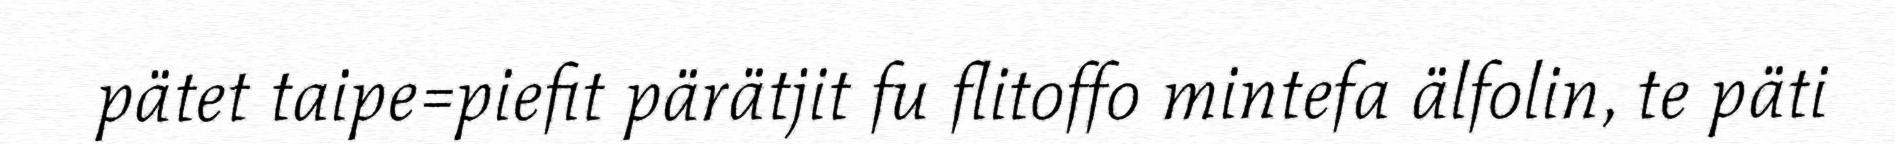
pätet taipe=piefit pärätjit fu flitoffo mintefa älfolin, te päti